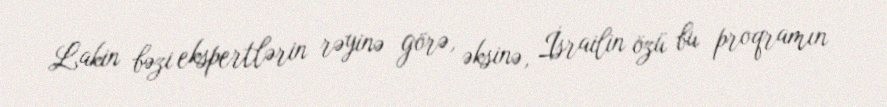
Lakin bəzi ekspertlərin rəyinə görə, əksinə, İsrailin özü bu proqramın